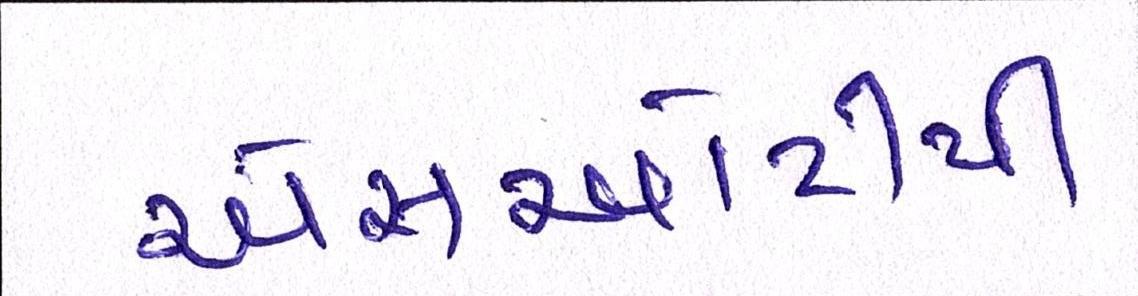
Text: એસઓટીપી